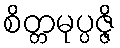
စိတ္တမုပ္ပဇ္ဇိ